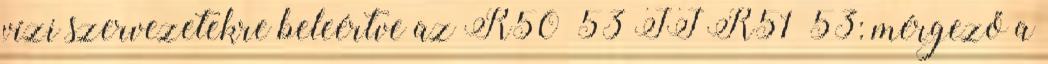
vízi szervezetekre beleértve az R50 53 II R51 53: mérgező a